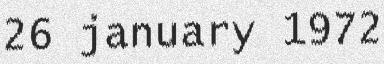
26 january 1972